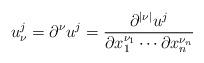
LaTeX: \begin{align*} u_\nu^j=\partial^\nu u^j= \frac{\partial^{|\nu|}u^j}{\partial x_1^{\nu_1}\cdots\partial x_n^{\nu_n}}\end{align*}